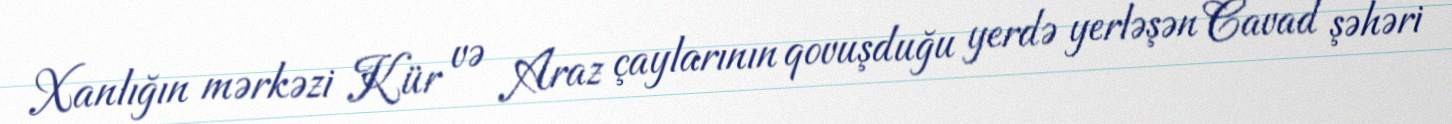
Xanlığın mərkəzi Kür və Araz çaylarının qovuşduğu yerdə yerləşən Cavad şəhəri